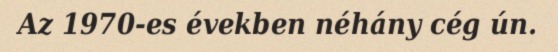
Az 1970-es években néhány cég ún.